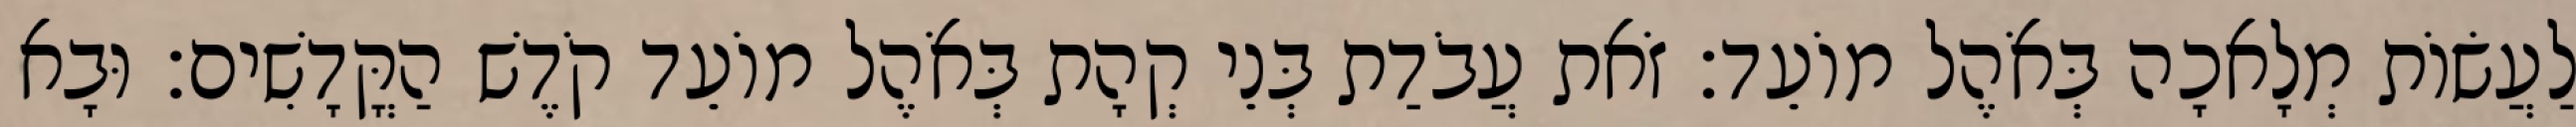
לַעֲשׂוֹת מְלָאכָה בְּאֹהֶל מוֹעֵד׃ זֹאת עֲבֹדַת בְּנֵי קְהָת בְּאֹהֶל מוֹעֵד קֹדֶשׁ הַקֳּדָשִׁים׃ וּבָא